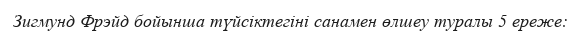
Зигмунд Фрэйд бойынша түйсіктегіні санамен өлшеу туралы 5 ереже: